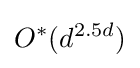
O^{*}(d^{2.5d})